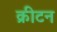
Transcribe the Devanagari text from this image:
क्रीटन